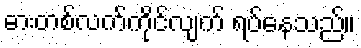
ဓားတစ်လက်ကိုင်လျက် ရပ်နေသည်။